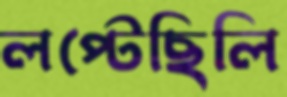
লপ্‌টেছিলি